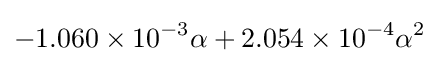
-1.060\times 10^{-3}\alpha +2.054\times 10^{-4}\alpha ^{2}